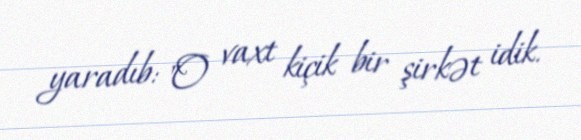
yaradıb: "O vaxt kiçik bir şirkət idik.